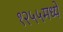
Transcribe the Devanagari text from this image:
१२५५मध्ये